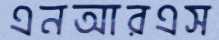
এনআরএস